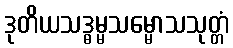
ဒုတိယသဒ္ဓမ္မသမ္မောသသုတ္တံ